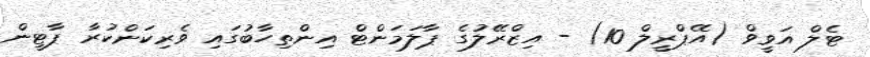
ޓެލް އަވީވް (އޭޕްރީލް 10) - އިޒްރޭލުގެ ޕާލަމަންޓް އިންތިހާބުގައި ވެރިކަންކުރާ ޕާޓީން